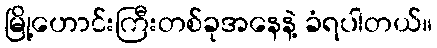
မြို့ဟောင်းကြီးတစ်ခုအနေနဲ့ ခံရပါတယ်။